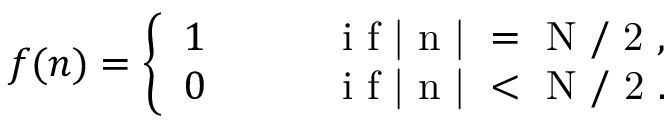
f ( n ) = \left\{ \begin{array} { l l } { 1 } & { \qquad \mathrm { ~ i ~ f ~ | ~ n ~ | ~ = ~ N ~ / ~ 2 ~ , ~ } } \\ { 0 } & { \qquad \mathrm { ~ i ~ f ~ | ~ n ~ | ~ < ~ N ~ / ~ 2 ~ . ~ } } \end{array} \right.